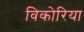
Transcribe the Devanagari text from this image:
विकोरिया